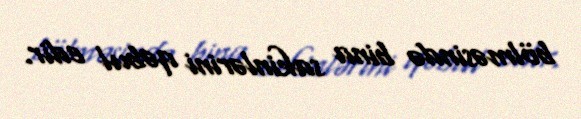
bölməsində bina sakinlərini qəbul edir.